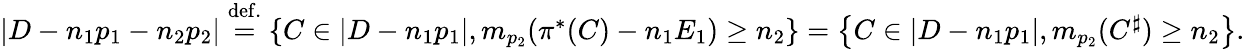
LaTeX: \begin{array}{r}{\left|D-n_{1}p_{1}-n_{2}p_{2}\right|\overset{\mathrm{def.}}{=}\left\{ C\in\left|D-n_{1}p_{1}\right|,m_{p_{2}}(\pi^{*}(C)-n_{1}E_{1})\geq n_{2}\right\} =\left\{ C\in\left|D-n_{1}p_{1}\right|,m_{p_{2}}(C^{\sharp})\geq n_{2}\right\} .}\end{array}